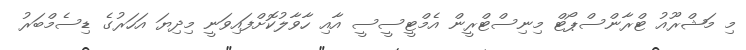
މި މަޝްރޫއު ޓްރާންސްޕޯޓް މިނިސްޓްރީން އެމްޓީސީސީ އާއި ހާވާލުކޮށްފައިވަނީ މިދިޔަ އަހަރުގެ ޑިސެމްބަރު